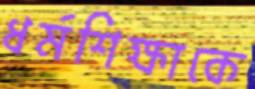
ধর্মশিক্ষাকে